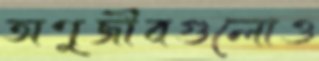
অণুজীবগুলোও